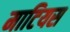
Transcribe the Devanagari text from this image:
माटियस